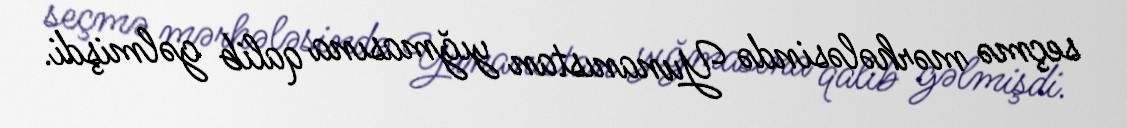
seçmə mərhələsində Yunanıstan yığmasına qalib gəlmişdi.